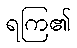
ရကြ၏